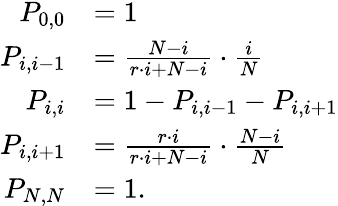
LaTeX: {\begin{array}{rl}{P_{0,0}}&{=1}\\ {P_{i,i-1}}&{={\frac{N-i}{r\cdot i+N-i}}\cdot{\frac{i}{N}}}\\ {P_{i,i}}&{=1-P_{i,i-1}-P_{i,i+1}}\\ {P_{i,i+1}}&{={\frac{r\cdot i}{r\cdot i+N-i}}\cdot{\frac{N-i}{N}}}\\ {P_{N,N}}&{=1.}\end{array}}